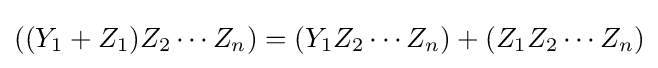
((Y_{1}+Z_{1})Z_{2}\cdots Z_{n})=(Y_{1}Z_{2}\cdots Z_{n})+(Z_{1}Z_{2}\cdots Z_{n})